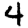
Digit: 4